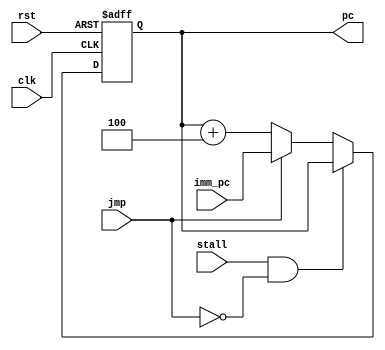
`timescale 1ns / 1ps
//////////////////////////////////////////////////////////////////////////////////
// Company: 
// Engineer: 
// 
// Design Name: 
// Module Name: ProgramCounter
// Project Name: 
// Target Devices: 
// Tool Versions: 
// Description: 
// 
// Dependencies: 
// 
// Revision:
// Revision 0.01 - File Created
// Additional Comments:
// 
//////////////////////////////////////////////////////////////////////////////////


module ProgramCounter(
    input  clk ,
    input  rst,
    input [31:0] imm_pc,        // 32pc
    input  jmp,                 // 
    input  stall,              // 
    
    output reg [31:0] pc
    
    );
    
    wire [31:0] next_pc = jmp ? imm_pc : pc+4;
    always @(posedge clk or posedge rst) begin
        if(rst)           pc <= 0;
        else if(stall & ~jmp)   pc <= pc;
        else              pc <= next_pc;
    end
endmodule